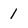
Character: 1